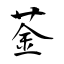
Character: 菳